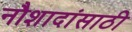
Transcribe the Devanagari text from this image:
नौशादांसाठी